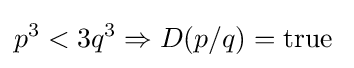
p^{3}<3q^{3}\Rightarrow D(p/q)=\mathrm {true} \;